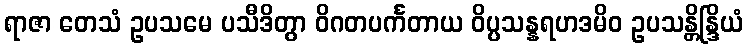
ရာဇာ တေသံ ဥပသမေ ပသီဒိတွာ ဝိဂတပင်္ကတာယ ဝိပ္ပသန္နရဟဒမိဝ ဥပသန္တိန္ဒြိယံ